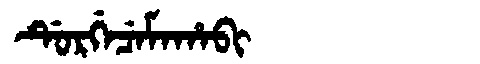
Manchu: ᡩᡠᡵᡤᡝᠴᡝᠮᠠᡥᠠᠪᡳ
Romanization: DURGECEMAHABI